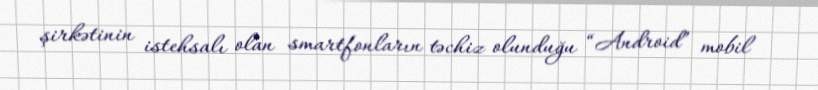
şirkətinin istehsalı olan smartfonların təchiz olunduğu “Android” mobil